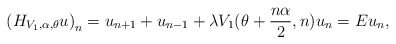
\begin{align*}\left(H_{V_1, \alpha, \theta} u\right)_{n}=u_{n+1}+u_{n-1}+\lambda V_1(\theta+\frac{n \alpha}{2},n) u_{n}=E u_{n},\end{align*}